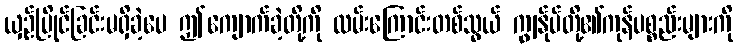
ယှဉ်ပြိုင်ခြင်းမရှိခဲ့ပေ ဤကျောက်ခဲ့တို့ကို လမ်းကြောင်းတစ်သွယ် ကျွန်ုပ်တို့၏ကုန်ပစ္စည်းများကို